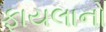
ફાયલાનો